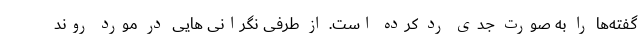
گفته‌ها را به صورت جدی رد کرده است. از طرفی نگرانی هایی در مورد روند